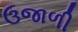
ઉજાળી